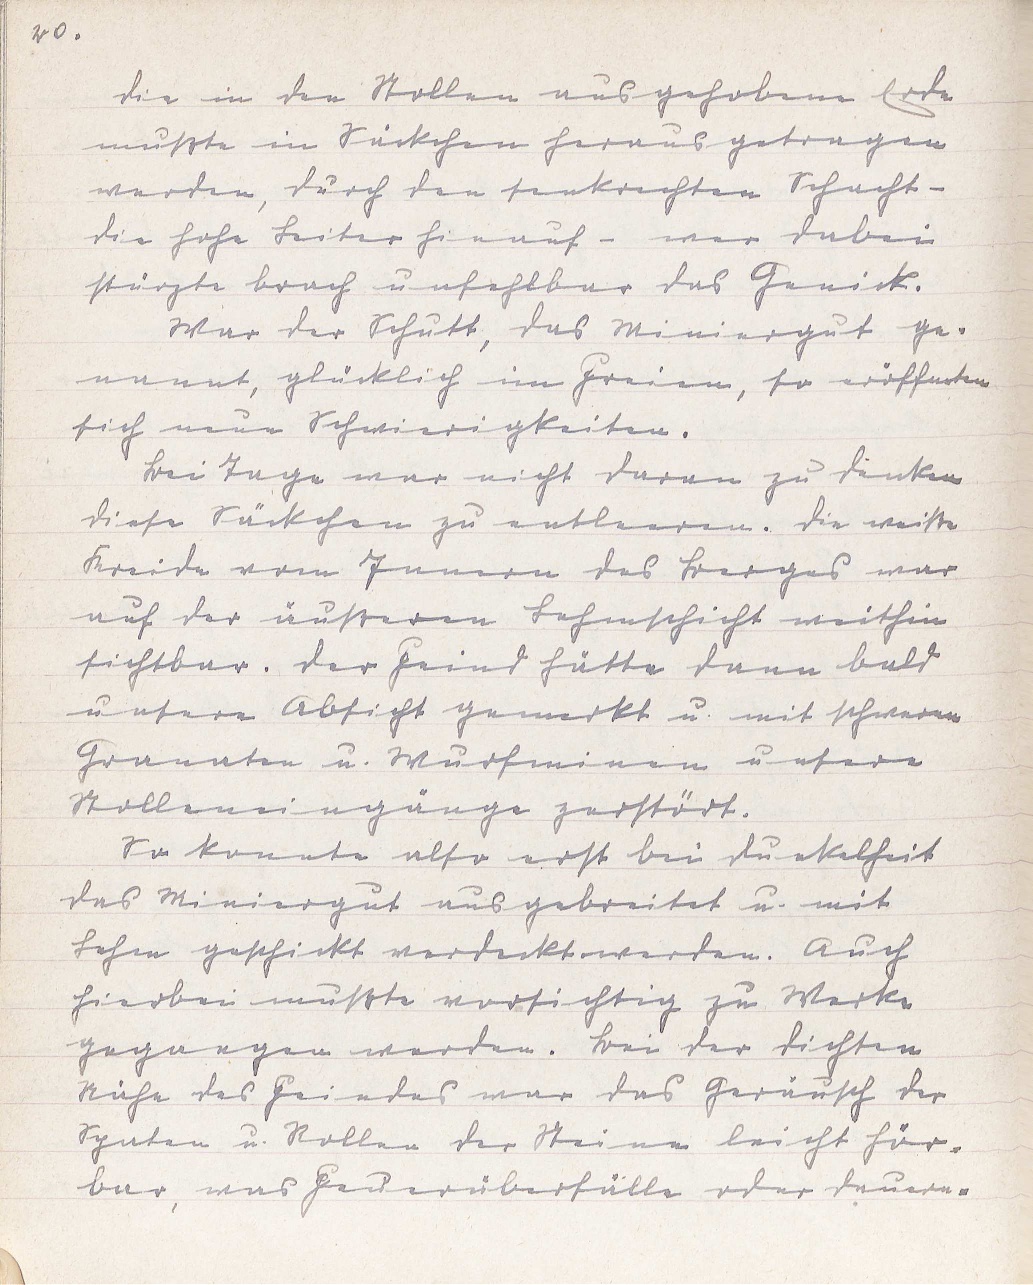
20.
Die in den Stollen ausgehobene Erde
mußte in Säckchen heraus getragen
werden, durch den senkrechten Schacht -
die hohe Leiter hinauf - wer dabei
stürzte brach unfehlbar das Genick.
War der Schutt, das Miniergut ge¬
nannt, glücklich im Freien, so eröffneten
sich neue Schwierigkeiten.
Bei Tage war nicht daran zu denken
diese Säckchen zu entleeren. Die weiße
Kreide vom Innern des Berges war
auf der äußeren Lehmschicht weithin
sichtbar. Der Feind hätte dann bald
unsere Absicht gemerkt u. mit schweren
Granaten u. Wurfminen unsere
Stolleneingänge zerstört.
So konnte also erst bei Dunkelheit
das Miniergut ausgebreitet u. mit
Lehm geschickt verdeckt werden. Auch
hierbei mußte vorsichtig zu Werke
gegangen werden. Bei der dichten
Nähe des Feindes war das Geräusch der
Spaten u. Rollen der Steine leicht hör¬
bar, was Feuerüberfälle oder dauern¬